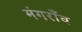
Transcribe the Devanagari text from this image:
मंगराँव